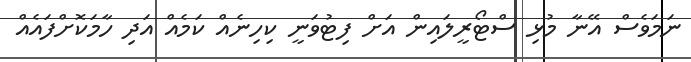
ނަމަވެސް އޭނާ މުޅި ސްޓޯރީލައިން އަށް ފިޓުވަނީ ކިހިނެއް ކަމެއް އަދި ހާމަކޮށްފައެއް